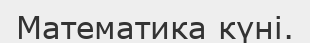
Математика күні.